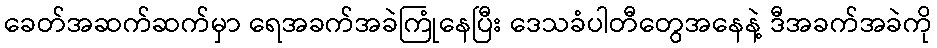
ခေတ်အဆက်ဆက်မှာ ရေအခက်အခဲကြုံနေပြီး ဒေသခံပါတီတွေအနေနဲ့ ဒီအခက်အခဲကို